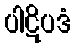
ပါဋိပဒံ